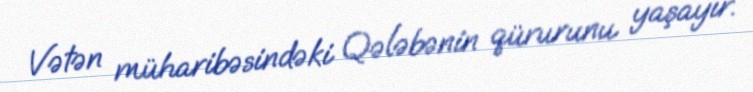
Vətən müharibəsindəki Qələbənin qürurunu yaşayır.